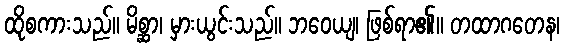
ထိုစကားသည်။ မိစ္ဆာ၊ မှားယွင်းသည်။ ဘဝေယျ၊ ဖြစ်ရာ၏။ တထာဂတေန၊